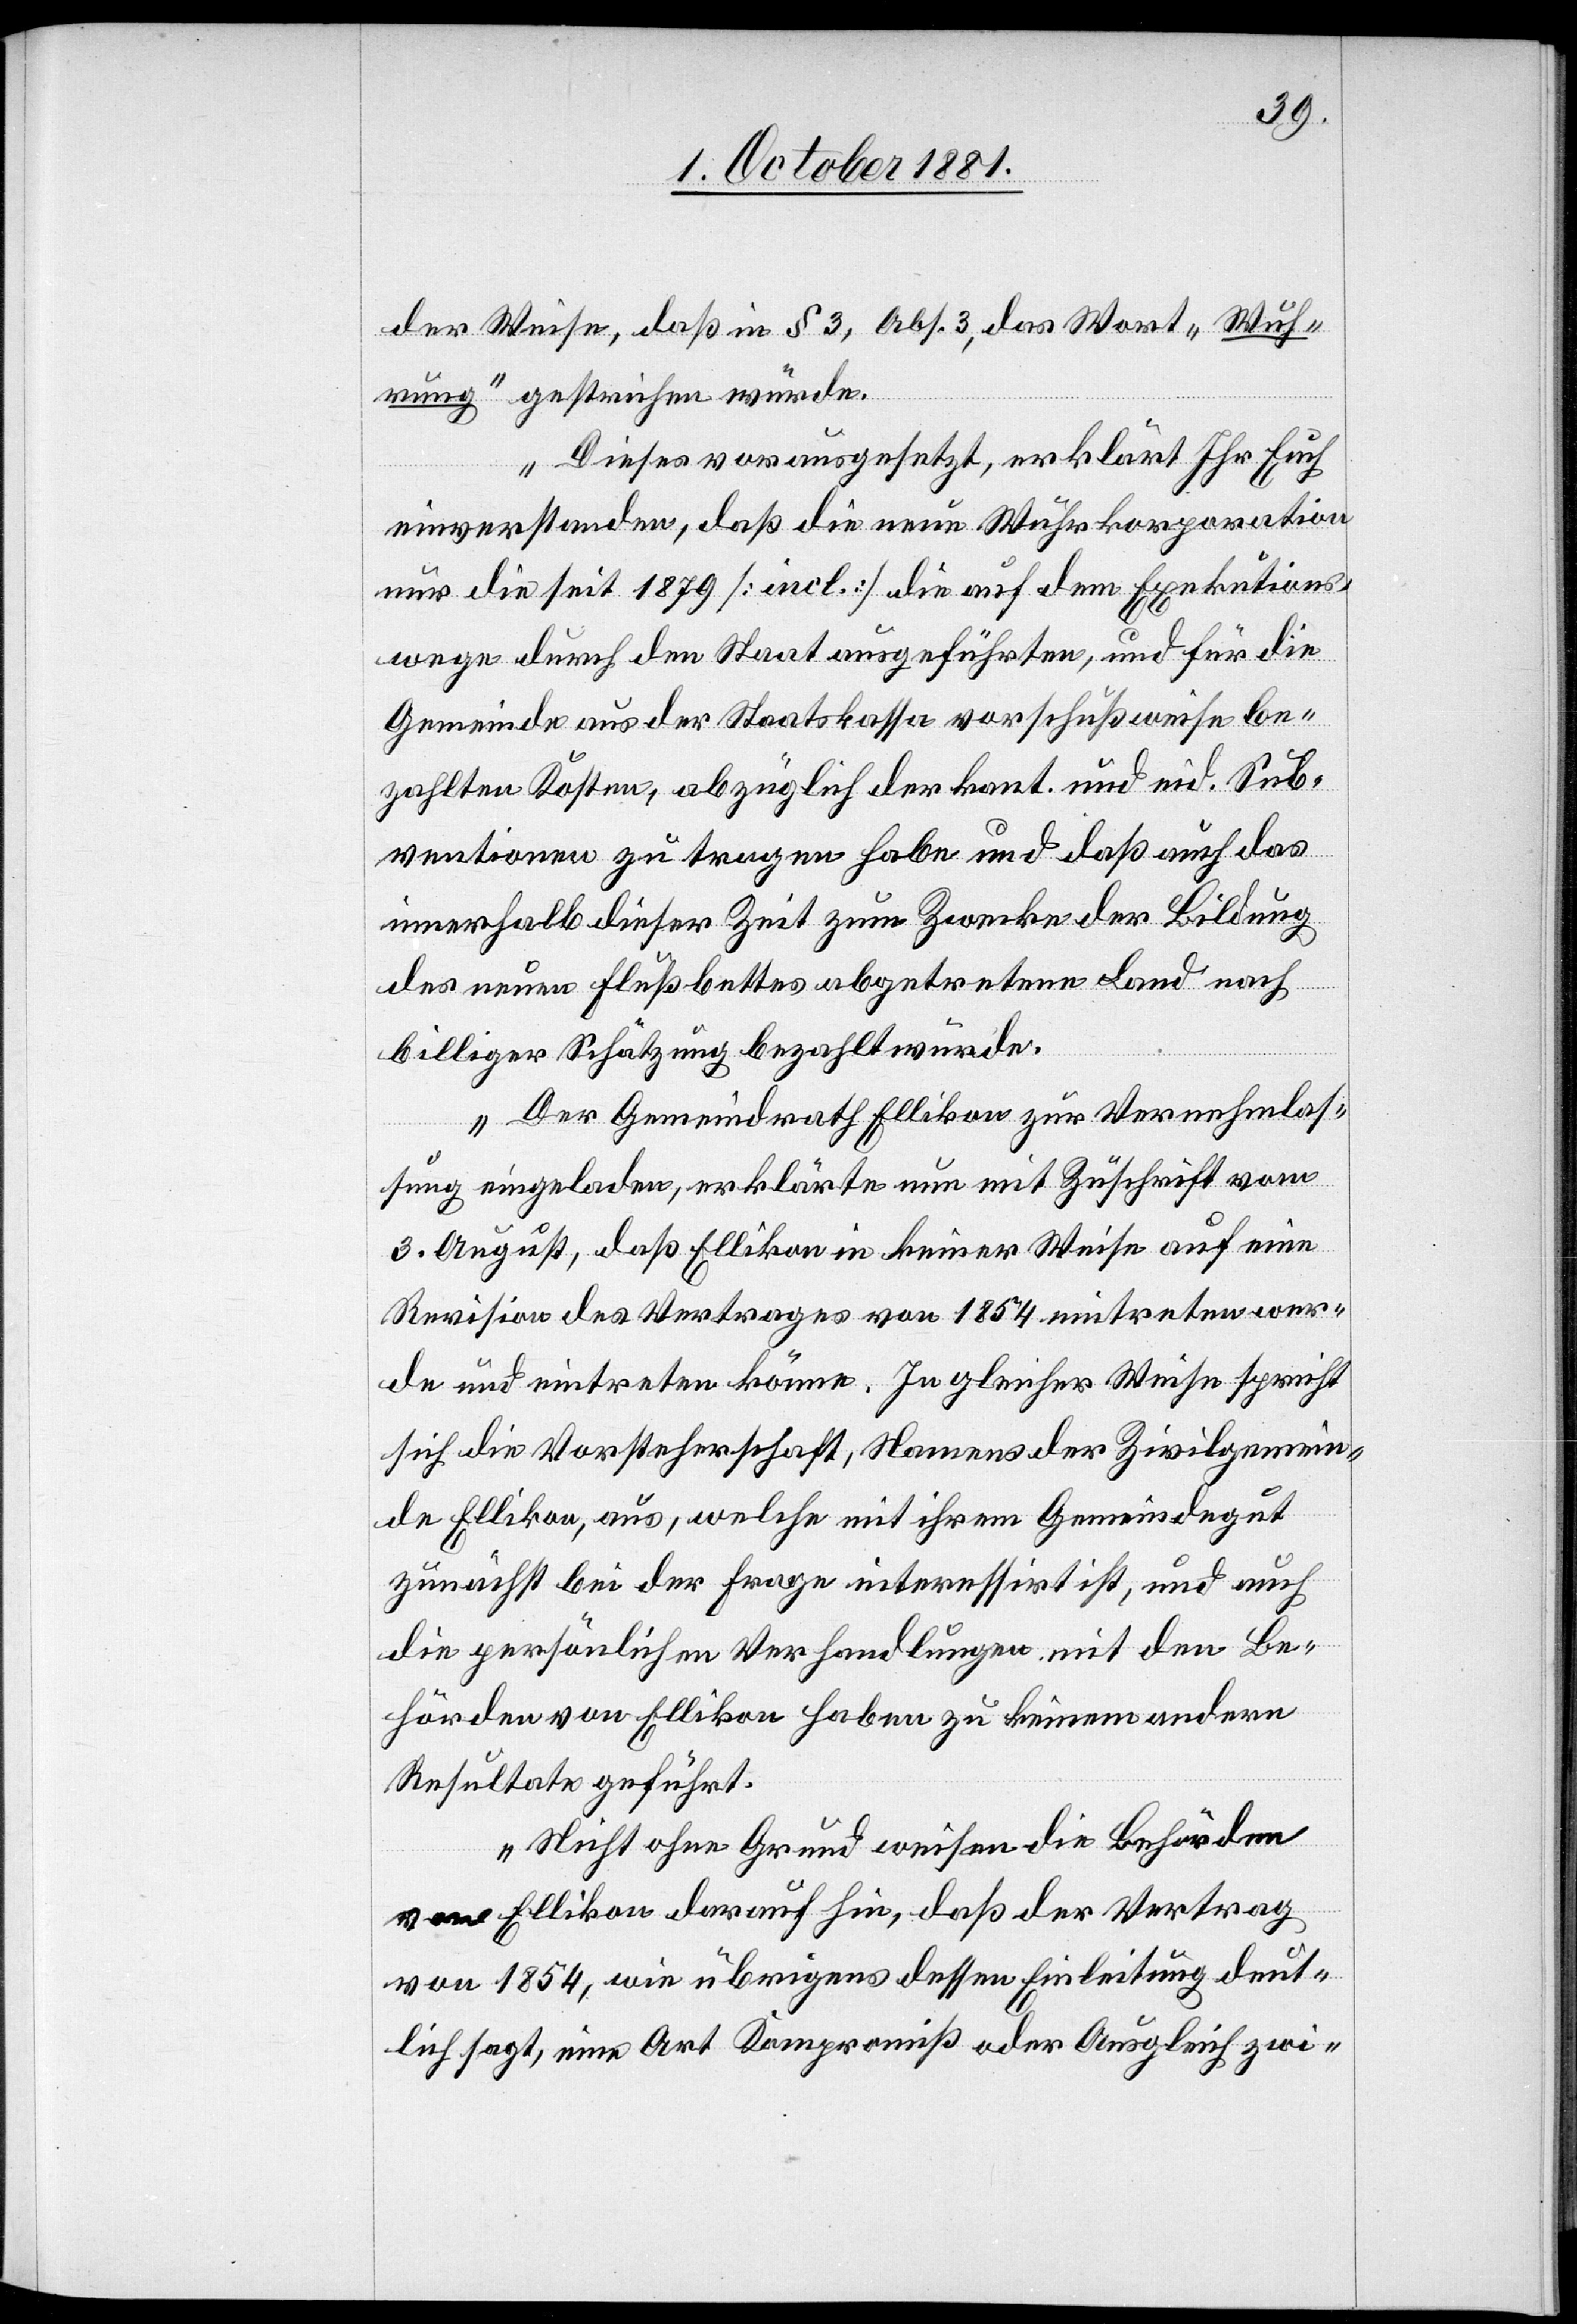
der Weise, daß in § 3, Abs. 3, das Wort „Wuh¬
rung“ gestrichen würde.
Dieses vorausgesetzt, erklärt Ihr Euch
einverstanden, daß die neue Wuhrkorporation
nur die seit 1879 [incl.] die auf dem Exekutions¬
wege durch den Staat ausgeführten, und für die
Gemeinde aus der Staatskassa vorschußweise be¬
zahlten Kosten, abzüglich der kant. und eid. Sub¬
ventionen zu tragen habe und daß auch das
innerhalb dieser Zeit zum Zwecke der Bildung
des neuen Flußbettes abgetretene Land nach
billiger Schätzung bezahlt würde.
Der Gemeindrath Ellikon zur Vernehmlas¬
sung eingeladen, erklärte nun mit Zuschrift vom
3. August, daß Ellikon in keiner Weise auf eine
Revision des Vertrages von 1854 eintreten wer¬
de und eintreten könne. In gleicher Weise spricht
sich die Vorsteherschaft, Namens der Zivilgemein¬
de Ellikon, aus, welche mit ihrem Gemeindegut
zunächst bei der Frage interessirt ist, und auch
die persönlichen Verhandlungen mit den Be¬
hörden von Ellikon haben zu keinem andern
Resultate geführt.
Nicht ohne Grund weisen die Behörden
von Ellikon darauf hin, daß der Vertrag
von 1854, wie übrigens dessen Einleitung deut¬
lich sagt, eine Art Kompromiß oder Ausgleich zwi-